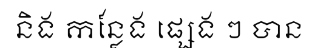
និង កន្លែង ផ្សេង ៗ បាន